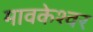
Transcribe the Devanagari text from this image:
मावकेश्वर